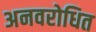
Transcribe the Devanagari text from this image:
अनवरोधित